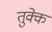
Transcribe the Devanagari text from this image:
तुक्के